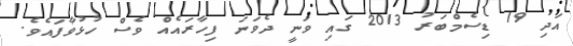
އަދި 19 ޑިސެމްބަރު 2013 ގައި ވަނީ ދެވަނަ ފިހާރައެއް ވެސް ހުޅުވާފައެވެ.